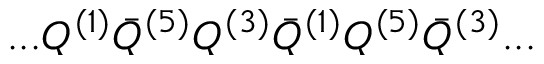
. . . Q ^ { ( 1 ) } { \bar { Q } } ^ { ( 5 ) } Q ^ { ( 3 ) } { \bar { Q } } ^ { ( 1 ) } Q ^ { ( 5 ) } { \bar { Q } } ^ { ( 3 ) } . . .